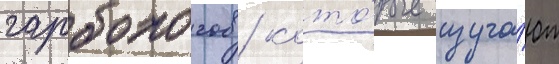
гарбологов / кото́рые изуча́ют